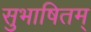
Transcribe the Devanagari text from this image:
सुभाषितम्